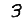
Digit: 3